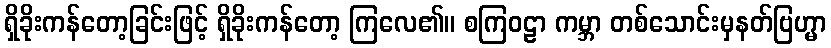
ရှိခိုးကန်တော့ခြင်းဖြင့် ရှိခိုးကန်တော့ ကြလေ၏။ စကြဝဠာ ကမ္ဘာ တစ်သောင်းမှနတ်ဗြဟ္မာ